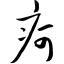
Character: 疴